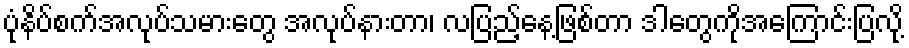
ပုံနိပ်စက်အလုပ်သမားတွေ အလုပ်နားတာ၊ လပြည့်နေ့ဖြစ်တာ ဒါတွေကိုအကြောင်းပြလို့